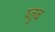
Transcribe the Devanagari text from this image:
य्तुब